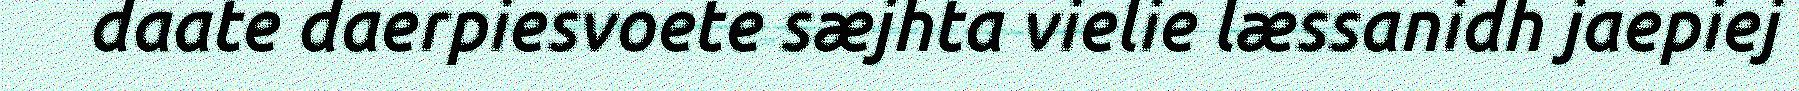
daate daerpiesvoete sæjhta vielie læssanidh jaepiej